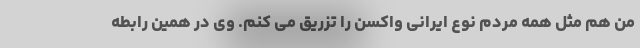
من هم مثل همه مردم نوع ایرانی واکسن را تزریق می کنم. وی در همین رابطه